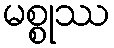
မစ္စုဿ